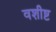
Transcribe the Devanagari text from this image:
वशीष्ट